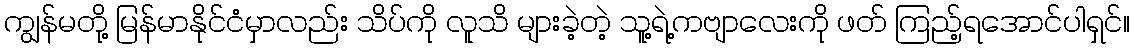
ကျွန်မတို့ မြန်မာနိုင်ငံမှာလည်း သိပ်ကို လူသိ များခဲ့တဲ့ သူ့ရဲ့ကဗျာလေးကို ဖတ် ကြည့်ရအောင်ပါရှင်။